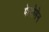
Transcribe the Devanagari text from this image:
फेरोमेन